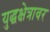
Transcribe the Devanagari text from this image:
युद्धक्षेत्रावर